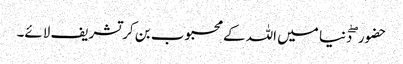
حضور ۖ دنیا میں اللہ کے محبوب بن کر تشریف لائے۔